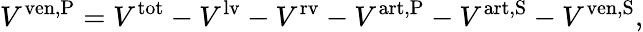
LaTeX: V^{\mathrm{ven,P}}=V^{\mathrm{tot}}-V^{\mathrm{lv}}-V^{\mathrm{rv}}-V^{\mathrm{art,P}}-V^{\mathrm{art,S}}-V^{\mathrm{ven,S}},